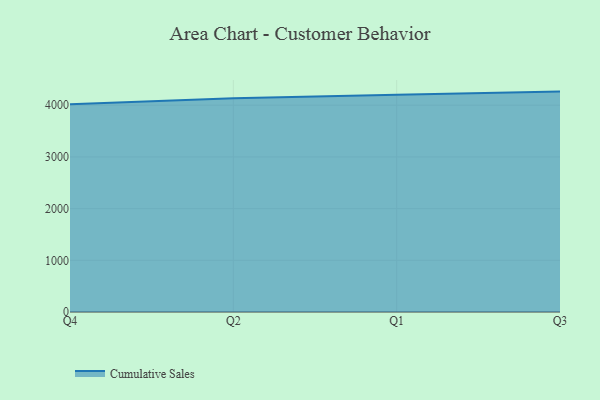
{"axis": {"x": "Quarter", "y": "Net Income (USD K)"}, "legend": ["Cumulative Sales"], "data": [{"x": "Q4", "y": 4016.9, "type": "Cumulative Sales"}, {"x": "Q2", "y": 4136.3, "type": "Cumulative Sales"}, {"x": "Q1", "y": 4203.7, "type": "Cumulative Sales"}, {"x": "Q3", "y": 4263.0, "type": "Cumulative Sales"}]}